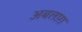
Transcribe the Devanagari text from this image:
अबलाग़